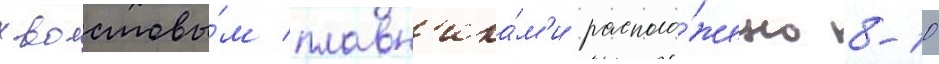
хвостовы́м плавн'ика́м'и располо́жено 8-10